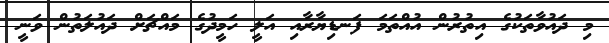
މި ދައުވާތަކުގެ އިތުރުން އުއްތަމަ ފަނޑިޔާރާއި އަލީ ހަމީދުގެ މައްޗަށް ދައުލަތުން ވަނީ